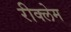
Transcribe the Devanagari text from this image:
रीक्लेम